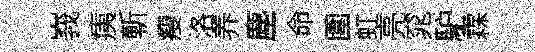
峩痍斬瘦洛养塵命圍虹亮窕馿霖